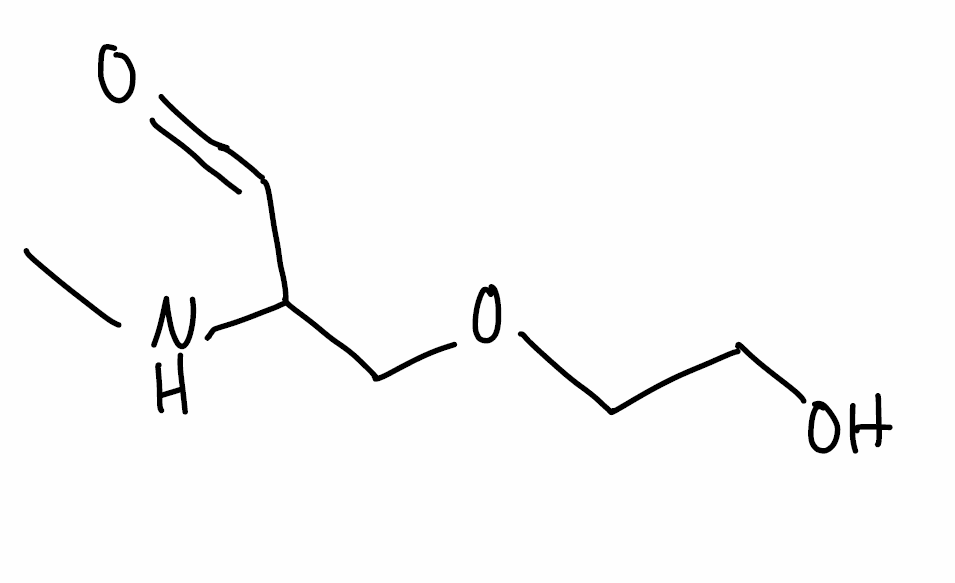
Simplified molecular-input line-entry system (SMILES) notation of the given molecule:
CNC(COCCO)C=O